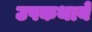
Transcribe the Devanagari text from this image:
उपकथायें